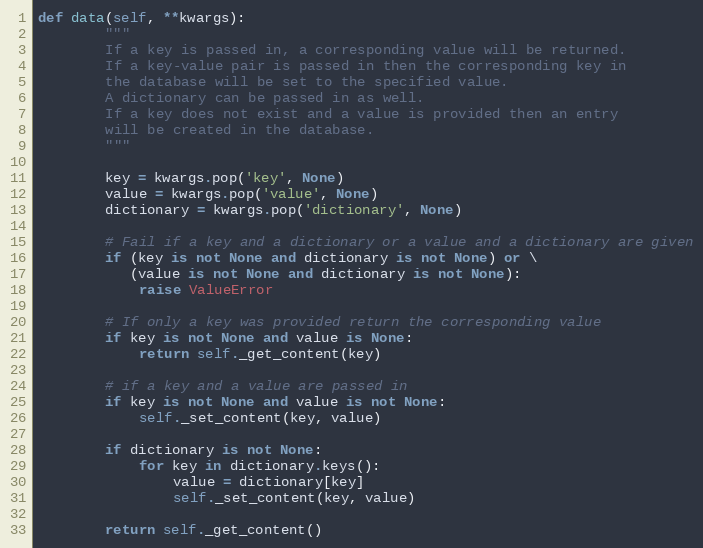
Language: Python
def data(self, **kwargs):
        """
        If a key is passed in, a corresponding value will be returned.
        If a key-value pair is passed in then the corresponding key in
        the database will be set to the specified value.
        A dictionary can be passed in as well.
        If a key does not exist and a value is provided then an entry
        will be created in the database.
        """

        key = kwargs.pop('key', None)
        value = kwargs.pop('value', None)
        dictionary = kwargs.pop('dictionary', None)

        # Fail if a key and a dictionary or a value and a dictionary are given
        if (key is not None and dictionary is not None) or \
           (value is not None and dictionary is not None):
            raise ValueError

        # If only a key was provided return the corresponding value
        if key is not None and value is None:
            return self._get_content(key)

        # if a key and a value are passed in
        if key is not None and value is not None:
            self._set_content(key, value)

        if dictionary is not None:
            for key in dictionary.keys():
                value = dictionary[key]
                self._set_content(key, value)

        return self._get_content()